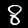
Digit: 8